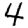
Digit: 4